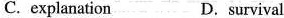
C.explanation D.survival